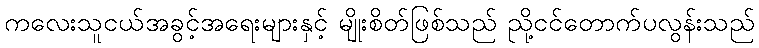
ကလေးသူငယ်အခွင့်အရေးများနှင့် မျိုးစိတ်ဖြစ်သည် ညို့ငင်တောက်ပလွန်းသည်